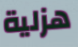
هزلية